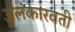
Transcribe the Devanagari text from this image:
अलंकारवती